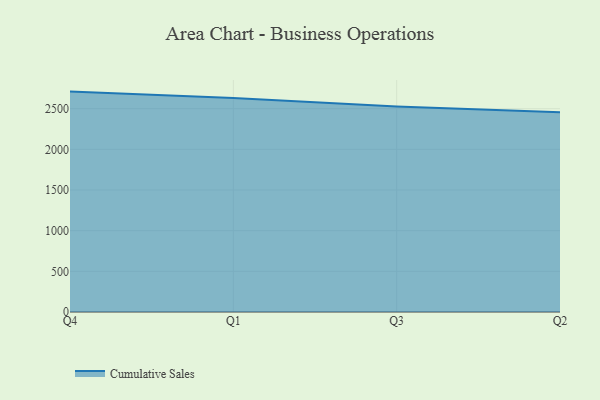
{"axis": {"x": "Quarter", "y": "Temperature (°C)"}, "legend": ["Cumulative Sales"], "data": [{"x": "Q4", "y": 2709.7, "type": "Cumulative Sales"}, {"x": "Q1", "y": 2631.7, "type": "Cumulative Sales"}, {"x": "Q3", "y": 2527.7, "type": "Cumulative Sales"}, {"x": "Q2", "y": 2457.2, "type": "Cumulative Sales"}]}